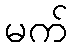
မက်